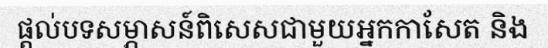
ផ្តល់បទសម្ភាសន៍ពិសេសជាមួយអ្នកកាសែត និង